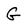
Character: G